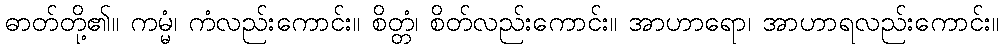
ဓာတ်တို့၏။ ကမ္မံ၊ ကံလည်းကောင်း။ စိတ္တံ၊ စိတ်လည်းကောင်း။ အာဟာရော၊ အာဟာရလည်းကောင်း။